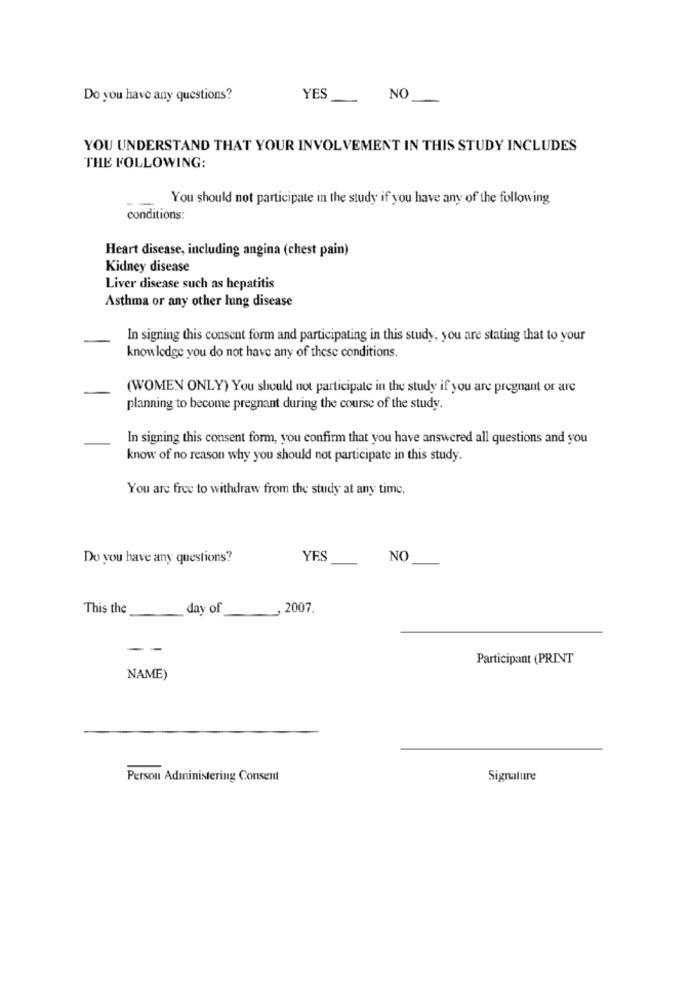
Do you have any questions?
YES
NO
YOU UNDERSTAND THAT YOUR INVOLVEMENT IN THIS STUDY INCLUDES
THE FOLLOWING:
You should not participate in the study if you have any of the following
conditions:
Heart disease, including angina (chest pain)
Kidney disease
Liver disease such as hepatitis
Asthma or any other lung disease
In signing this consent form and participating in this study, you are stating that to your
knowledge you do not have any of these conditions.
(WOMEN ONLY) You should not participate in the study if you are pregnant or are
planning to become pregnant during the course of the study.
In signing this consent form, you confirm that you have answered all questions and you
know of no reason why you should not participate in this study.
You are free to withdraw from the study at any time.
Do you have any questions?
YES
NO
This the
day of
, 2007.
--
Participant (PRINT
NAME)
Person Adıninistering Consent
Signature